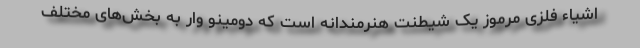
اشیاء فلزی مرموز یک شیطنت هنرمندانه است که دومینو وار به بخش‌های مختلف